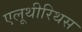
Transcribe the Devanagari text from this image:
एलूथीरिथस